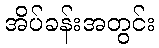
အိပ်ခန်းအတွင်း